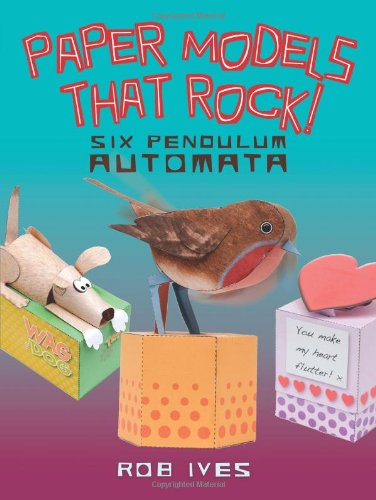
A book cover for Paper Models That Rock!: Six Pendulum Automata (Dover Origami Papercraft); Rob Ives; Teen & Young Adult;